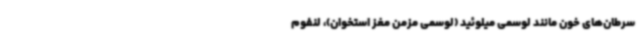
سرطان‌های خون مانند لوسمی میلوئید (لوسمی مزمن مغز استخوان)، لنفوم